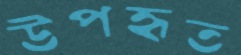
উপহৃত